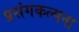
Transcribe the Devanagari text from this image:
प्रसंगकल्पना